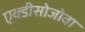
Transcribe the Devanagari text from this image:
एक्डीसोजोवा